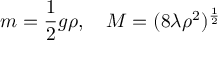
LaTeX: m = \frac 1 2 g \rho , \quad M = ( 8 \lambda \rho ^ { 2 } ) ^ { \frac 1 2 }